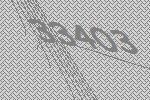
33403